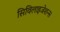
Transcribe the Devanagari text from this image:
सिविलाइजेशन्स